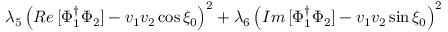
\lambda _ { 5 } \left( { \cal R e } \, [ \Phi _ { 1 } ^ { \dagger } \Phi _ { 2 } ] - v _ { 1 } v _ { 2 } \cos \xi _ { 0 } \right) ^ { 2 } + \lambda _ { 6 } \left( { \cal I m } \, [ \Phi _ { 1 } ^ { \dagger } \Phi _ { 2 } ] - v _ { 1 } v _ { 2 } \sin \xi _ { 0 } \right) ^ { 2 }